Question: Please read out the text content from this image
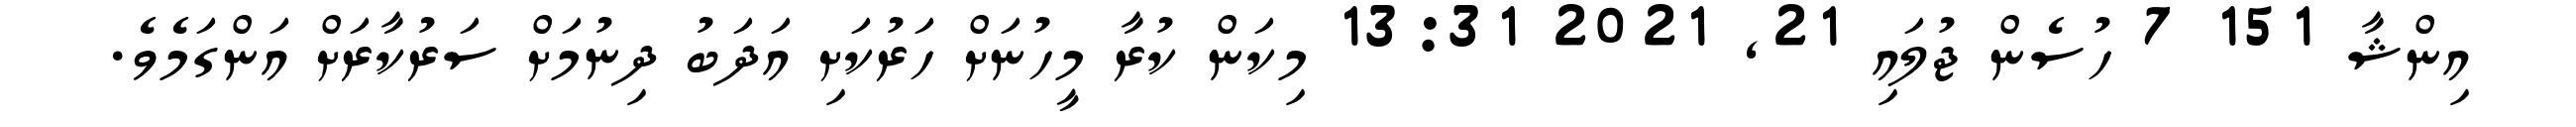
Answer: އިންޝާ 151 7 ހުސެން ޖުލައި 21, 2021 13:31 މިކަން ކުރާ މީހުނަށް ހަރުކަށި އަދަބު ދިނުމަށް ސަރުކާރަށް އަންގަމެވެ.